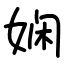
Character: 娴